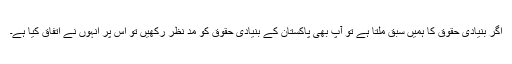
اگر بنیادی حقوق کا ہمیں سبق ملتا ہے تو آپ بھی پاکستان کے بنیادی حقوق کو مد نظر رکھیں تو اس پر انہوں نے اتفاق کیا ہے۔